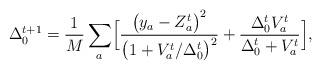
LaTeX: \begin{align*}\Delta_{0}^{t+1}=\frac{1}{M}\sum_{a}\Bigl[\frac{\bigl(y_{a}-Z_{a}^{t}\bigr)^{2}}{\bigl(1+V_{a}^{t}/\Delta_{0}^{t}\bigr)^{2}}+\frac{\Delta_{0}^{t}V_{a}^{t}}{\Delta_{0}^{t}+V_{a}^{t}}\Bigr],\end{align*}